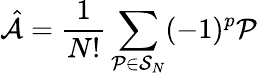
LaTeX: \hat{\mathcal{A}}=\frac{1}{N!}\sum_{\mathcal{P}\in\mathcal{S}_{N}}(-1)^{p}\mathcal{P}